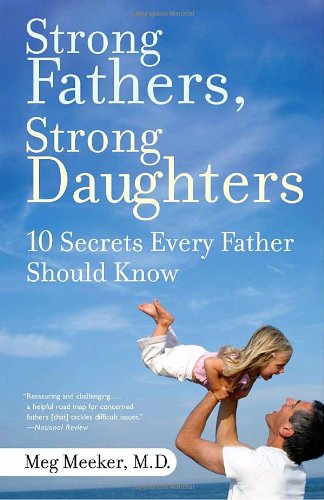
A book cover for Strong Fathers, Strong Daughters: 10 Secrets Every Father Should Know; Meg Meeker; Parenting & Relationships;